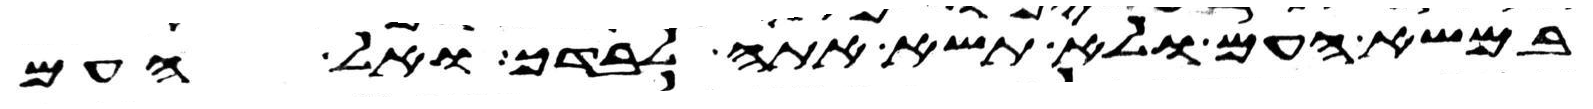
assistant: במשא העם ולא תשא אתה לבדך ואל העם